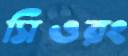
সিওরং